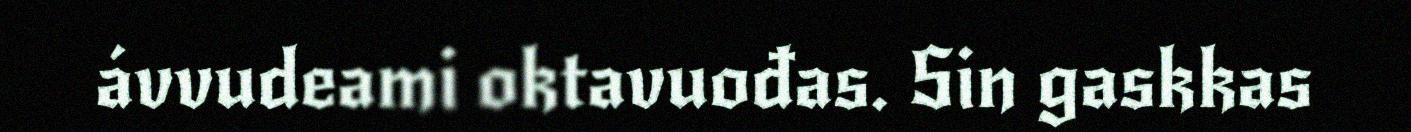
ávvudeami oktavuođas. Sin gaskkas